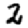
Digit: 2